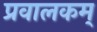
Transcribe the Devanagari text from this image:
प्रवालकम्‌